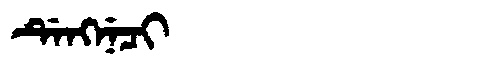
Manchu: ᡩᡝᠩᠨᡝᠴᡳ
Romanization: DENGNECI